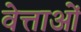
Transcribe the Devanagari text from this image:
वेत्ताओं